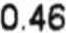
0.46